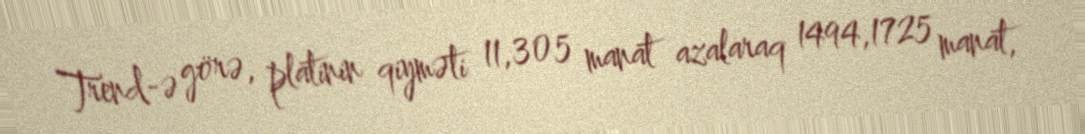
Trend-ə görə, platinin qiyməti 11,305 manat azalaraq 1494,1725 manat,